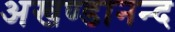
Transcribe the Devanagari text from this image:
अखण्डानन्द